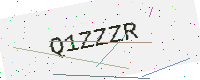
Text: Q1ZZZR